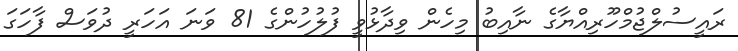
ރައީސުލްޖުމްހޫރިއްޔާގެ ނާއިބު މިހެން ވިދާޅުވީ ފުލުހުންގެ 81 ވަނަ އަހަރީ ދުވަސް ފާހަގަ